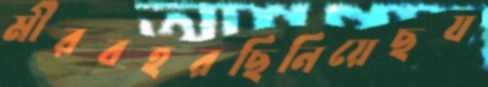
মীরবহরছিনিয়েছয